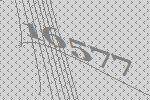
16577